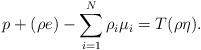
LaTeX: \begin{align*}p + (\rho e) - \sum_{i=1}^N\rho_i\mu_i = T(\rho\eta) .\end{align*}